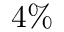
4 \%